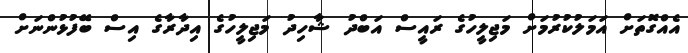
އެއްގޮތަށް އަމަލުކުރުމަށް މަޖިލީހުގެ ރައީސް އަބްދު ޝާހިދު މަޖިލީހުގެ އިދާރާގެ އިސް ބޭފުޅުންނަށް